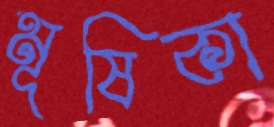
মূষিকা